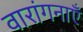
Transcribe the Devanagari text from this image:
वारांगनाएँ